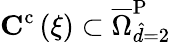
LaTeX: \mathbf{C}^{\mathrm{{c}}}\left(\xi\right)\subset\overline{{\Omega}}_{\hat{d}=2}^{\mathrm{{P}}}